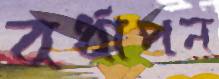
বর্ধাপন